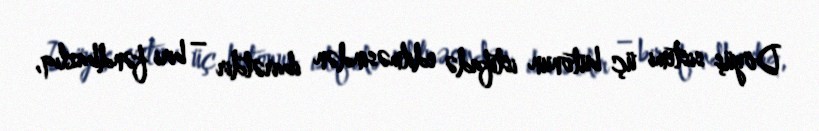
Döyüş sistemi üç butonun istifadə edilməsindən ibarətdir – biri fəndbazlıq,